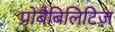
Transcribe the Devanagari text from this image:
प्रोबैबिलिटिज़